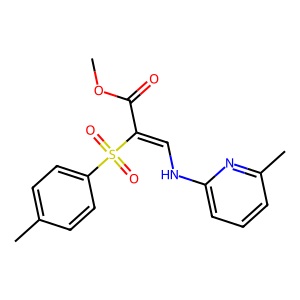
SMILES: COC(=O)C(=CNc1cccc(C)n1)S(=O)(=O)c1ccc(C)cc1
Inhibits HIV replication: No